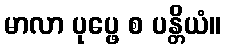
မာလာ ပုပ္ဖေ စ ပန္တိယံ။